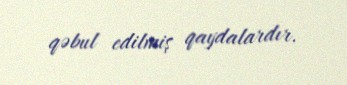
qəbul edilmiş qaydalardır.